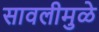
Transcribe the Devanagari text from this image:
सावलीमुळे